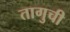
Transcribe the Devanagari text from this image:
तागुची